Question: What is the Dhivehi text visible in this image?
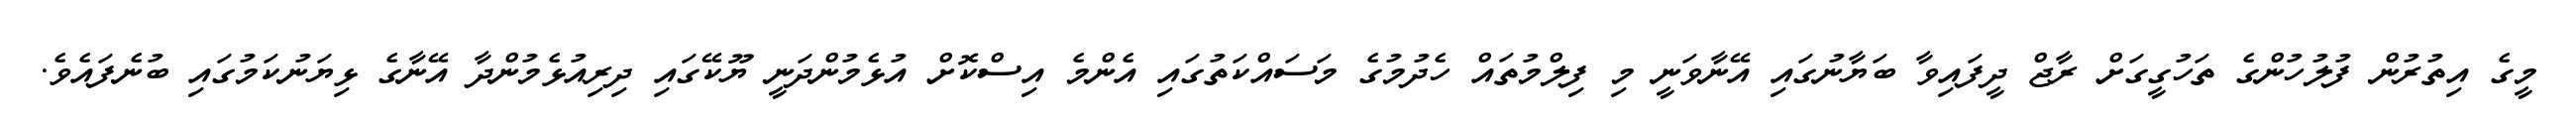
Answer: މީގެ އިތުރުން ފުލުހުންގެ ތަހުގީގަށް ރާޖް ދީފައިވާ ބަޔާނުގައި އޭނާވަނީ މި ފިލްމުތައް ހެދުމުގެ މަސައްކަތުގައި އެންމެ އިސްކޮށް އުޅެމުންދަނީ ޔޫކޭގައި ދިރިއުޅެމުންދާ އޭނާގެ ޅިޔަނުކަމުގައި ބުނެފައެވެ.